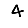
Digit: 4